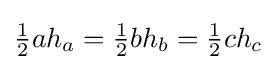
{\tfrac {1}{2}}ah_{a}={\tfrac {1}{2}}bh_{b}={\tfrac {1}{2}}ch_{c}